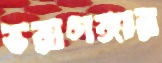
ভরাগঙ্গার